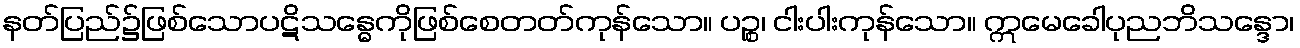
နတ်ပြည်၌ဖြစ်သောပဋိသန္ဓေကိုဖြစ်စေတတ်ကုန်သော။ ပဉ္စ၊ ငါးပါးကုန်သော။ ဣမေခေါပုညဘိသန္ဒော၊